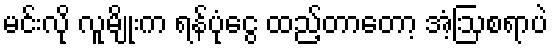
မင်းလို လူမျိုးက ရန်ပုံငွေ ထည့်တာတော့ အံ့ဩစရာပဲ